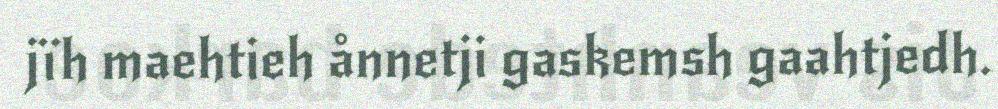
jïh maehtieh ånnetji gaskemsh gaahtjedh.